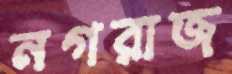
নগরাজ